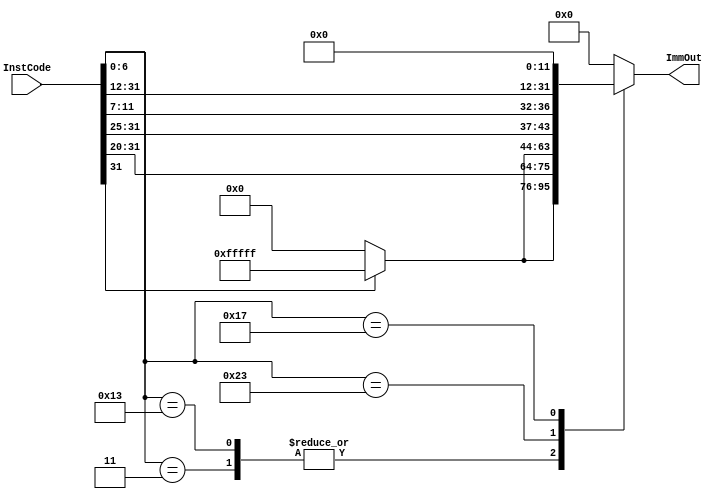
// Calla Chen
// File for ImmGen - Lab #5

`timescale 1ns / 1ps
//////////////////////////////////////////////////////////////////////////////////
// Module Name: ImmGen
// 
//////////////////////////////////////////////////////////////////////////////////

// This code was provided to us from Lab 3 Manual
module ImmGen(
    InstCode ,
    ImmOut
    );
   
// Defining Input 
    input[31:0] InstCode;
// Defining Output
    output reg[31:0] ImmOut;
    
// Defining ImmGen module's behavior
    always @(InstCode)
        begin
            case(InstCode[6:0])
                // I-type Load
                7'b0000011:
                    ImmOut = {InstCode[31] ? {20{1'b1}} : 20'b0 , InstCode[31:20]};
                // I-Type Non-Load
                7'b0010011:
                    ImmOut = {InstCode[31] ? {20{1'b1}} : 20'b0 , InstCode[31:20]};
                // S-Type Store
                7'b0100011:
                    ImmOut = {InstCode[31] ? {20{1'b1}} : 20'b0 , InstCode[31:25] , InstCode[11:7]};
                // U-Type
                7'b0010111:
                    ImmOut = {InstCode[31:12] , 12'b0};
                default: ImmOut = {32'b0};
             endcase
        end
endmodule //ImmGen